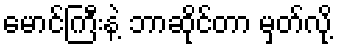
မောင်ကြီးနဲ့ ဘာဆိုင်တာ မှတ်လို့